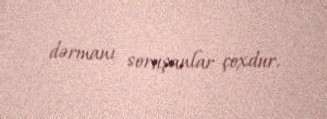
dərmanı soruşanlar çoxdur.